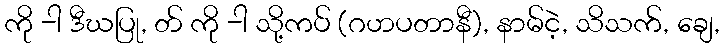
ကို -ါ ဒီဃပြု, တ် ကို -ါ သို့ကပ် (ဂဟပတာနီ), နာမ်ငဲ့, သိသက်, ချေ,